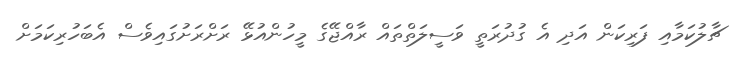
ޗާލުކަމާއި ފަރިކަން އަދި އެ ގުދުރަތީ ވަސީލަތްތައް ރާއްޖޭގެ މީހުންއުޅޭ ރަށްރަށުގައިވެސް އެބަހުރިކަމަށް